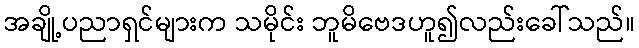
အချို့ပညာရှင်များက သမိုင်း ဘူမိဗေဒဟူ၍လည်းခေါ်သည်။